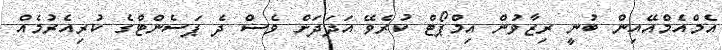
އެމްއެމްއޭއިން ބުނީ ރިޒާވުން އިމްޕޯޓް ކުރެވޭ އަދަދަށް ވެސް ދެ ޕަސެންޓްގެ ކުރިއެރުމެއް